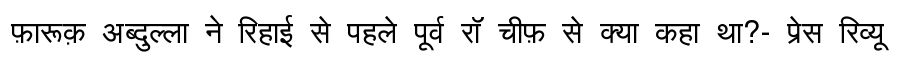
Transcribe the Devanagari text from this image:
फ़ारूक़ अब्दुल्ला ने रिहाई से पहले पूर्व रॉ चीफ़ से क्या कहा था?- प्रेस रिव्यू